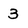
Character: 3